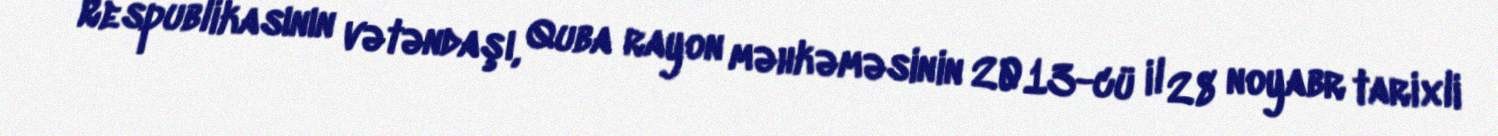
Respublikasının vətəndaşı, Quba rayon məhkəməsinin 2013-cü il 28 noyabr tarixli